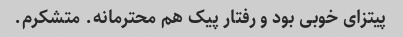
پیتزای خوبی بود و رفتار پیک هم محترمانه. متشکرم.